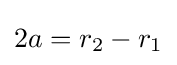
2a=r_{2}-r_{1}